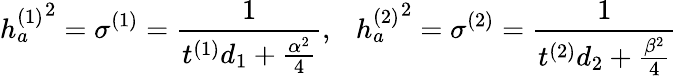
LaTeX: {h_{a}^{(1)}}^{2}=\sigma^{(1)}={\frac{1}{t^{(1)}d_{1}+{\frac{\alpha^{2}}{4}}}},~~~{h_{a}^{(2)}}^{2}=\sigma^{(2)}={\frac{1}{t^{(2)}d_{2}+{\frac{\beta^{2}}{4}}}}